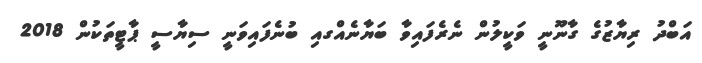
އަބްދު ރިޔާޒުގެ ގާނޫނީ ވަކީލުން ނެރެފައިވާ ބަޔާނެއްގއި ބުނެފައިވަނީ ސިޔާސީ ޕާޓީތަކުން 2018